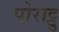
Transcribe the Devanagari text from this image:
पोराट्टु